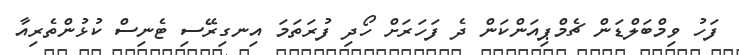
ފަހު ވިމްބަލްޑަން ޗެމްޕިއަންކަން ދެ ފަހަރަށް ހޯދި ފުރަތަމަ އިނގިރޭސި ޓެނިސް ކުޅުންތެރިއާ